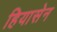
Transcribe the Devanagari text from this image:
हियासेन